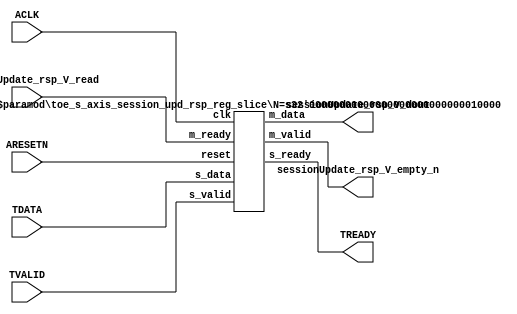
// ==============================================================
// File generated by Vivado(TM) HLS - High-Level Synthesis from C, C++ and SystemC
// Version: 2015.1
// Copyright (C) 2015 Xilinx Inc. All rights reserved.
// 
// ==============================================================


`timescale 1ns/1ps

module toe_s_axis_session_upd_rsp_if (
    // AXI4-Stream singals
    input  wire        ACLK,
    input  wire        ARESETN,
    input  wire        TVALID,
    output wire        TREADY,
    input  wire [15:0] TDATA,
    // User signals
    output wire [15:0] sessionUpdate_rsp_V_dout,
    output wire        sessionUpdate_rsp_V_empty_n,
    input  wire        sessionUpdate_rsp_V_read
);
//------------------------Local signal-------------------
// register slice
wire [0:0]  s_valid;
wire [0:0]  s_ready;
wire [15:0] s_data;
wire [0:0]  m_valid;
wire [0:0]  m_ready;
wire [15:0] m_data;

//------------------------Instantiation------------------
// rs
toe_s_axis_session_upd_rsp_reg_slice #(
    .N       ( 16 )
) rs (
    .clk     ( ACLK ),
    .reset   ( ARESETN ),
    .s_data  ( s_data ),
    .s_valid ( s_valid ),
    .s_ready ( s_ready ),
    .m_data  ( m_data ),
    .m_valid ( m_valid ),
    .m_ready ( m_ready )
);

//------------------------Body---------------------------
// AXI4-Stream
assign TREADY                      = s_ready;
// Register Slice
assign s_valid                     = TVALID;
assign m_ready                     = sessionUpdate_rsp_V_read;
assign s_data[15:0]                = TDATA[15:0];
// User Signal
assign sessionUpdate_rsp_V_empty_n = m_valid;
assign sessionUpdate_rsp_V_dout    = m_data;

endmodule



`timescale 1ns/1ps

module toe_s_axis_session_upd_rsp_reg_slice
#(parameter
    N = 8   // data width
) (
    // system signals
    input  wire         clk,
    input  wire         reset,
    // slave side
    input  wire [N-1:0] s_data,
    input  wire         s_valid,
    output wire         s_ready,
    // master side
    output wire [N-1:0] m_data,
    output wire         m_valid,
    input  wire         m_ready
);
//------------------------Parameter----------------------
// state
localparam [1:0]
    ZERO = 2'b10,
    ONE  = 2'b11,
    TWO  = 2'b01;
//------------------------Local signal-------------------
reg  [N-1:0] data_p1;
reg  [N-1:0] data_p2;
wire         load_p1;
wire         load_p2;
wire         load_p1_from_p2;
reg          s_ready_t;
reg  [1:0]   state;
reg  [1:0]   next;
//------------------------Body---------------------------
assign s_ready = s_ready_t;
assign m_data  = data_p1;
assign m_valid = state[0];

assign load_p1 = (state == ZERO && s_valid) ||
                 (state == ONE && s_valid && m_ready) ||
                 (state == TWO && m_ready);
assign load_p2 = s_valid & s_ready;
assign load_p1_from_p2 = (state == TWO);

// data_p1
always @(posedge clk) begin
    if (load_p1) begin
        if (load_p1_from_p2)
            data_p1 <= data_p2;
        else
            data_p1 <= s_data;
    end
end

// data_p2
always @(posedge clk) begin
    if (load_p2) data_p2 <= s_data;
end

// s_ready_t
always @(posedge clk) begin
    if (~reset)
        s_ready_t <= 1'b0;
    else if (state == ZERO)
        s_ready_t <= 1'b1;
    else if (state == ONE && next == TWO)
        s_ready_t <= 1'b0;
    else if (state == TWO && next == ONE)
        s_ready_t <= 1'b1;
end

// state
always @(posedge clk) begin
    if (~reset)
        state <= ZERO;
    else
        state <= next;
end

// next
always @(*) begin
    case (state)
        ZERO:
            if (s_valid & s_ready)
                next = ONE;
            else
                next = ZERO;
        ONE:
            if (~s_valid & m_ready)
                next = ZERO;
            else if (s_valid & ~m_ready)
                next = TWO;
            else
                next = ONE;
        TWO:
            if (m_ready)
                next = ONE;
            else
                next = TWO;
        default:
            next = ZERO;
    endcase
end

endmodule